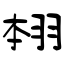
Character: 翉